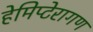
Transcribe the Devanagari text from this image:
हेमिप्टेरागण